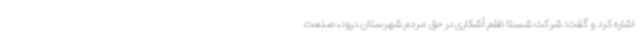
اشاره کرد و گفت: شرکت شستا ظلم آشکاری در حق مردم شهرستان درود، صنعت